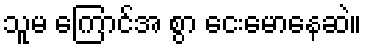
သူမ ကြောင်အ စွာ ငေးမောနေဆဲ။